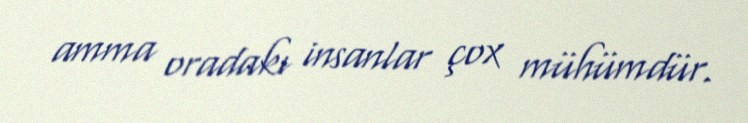
amma oradakı insanlar çox mühümdür.